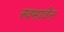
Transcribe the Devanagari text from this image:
स्वभावेन